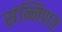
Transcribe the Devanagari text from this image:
संन्निपात